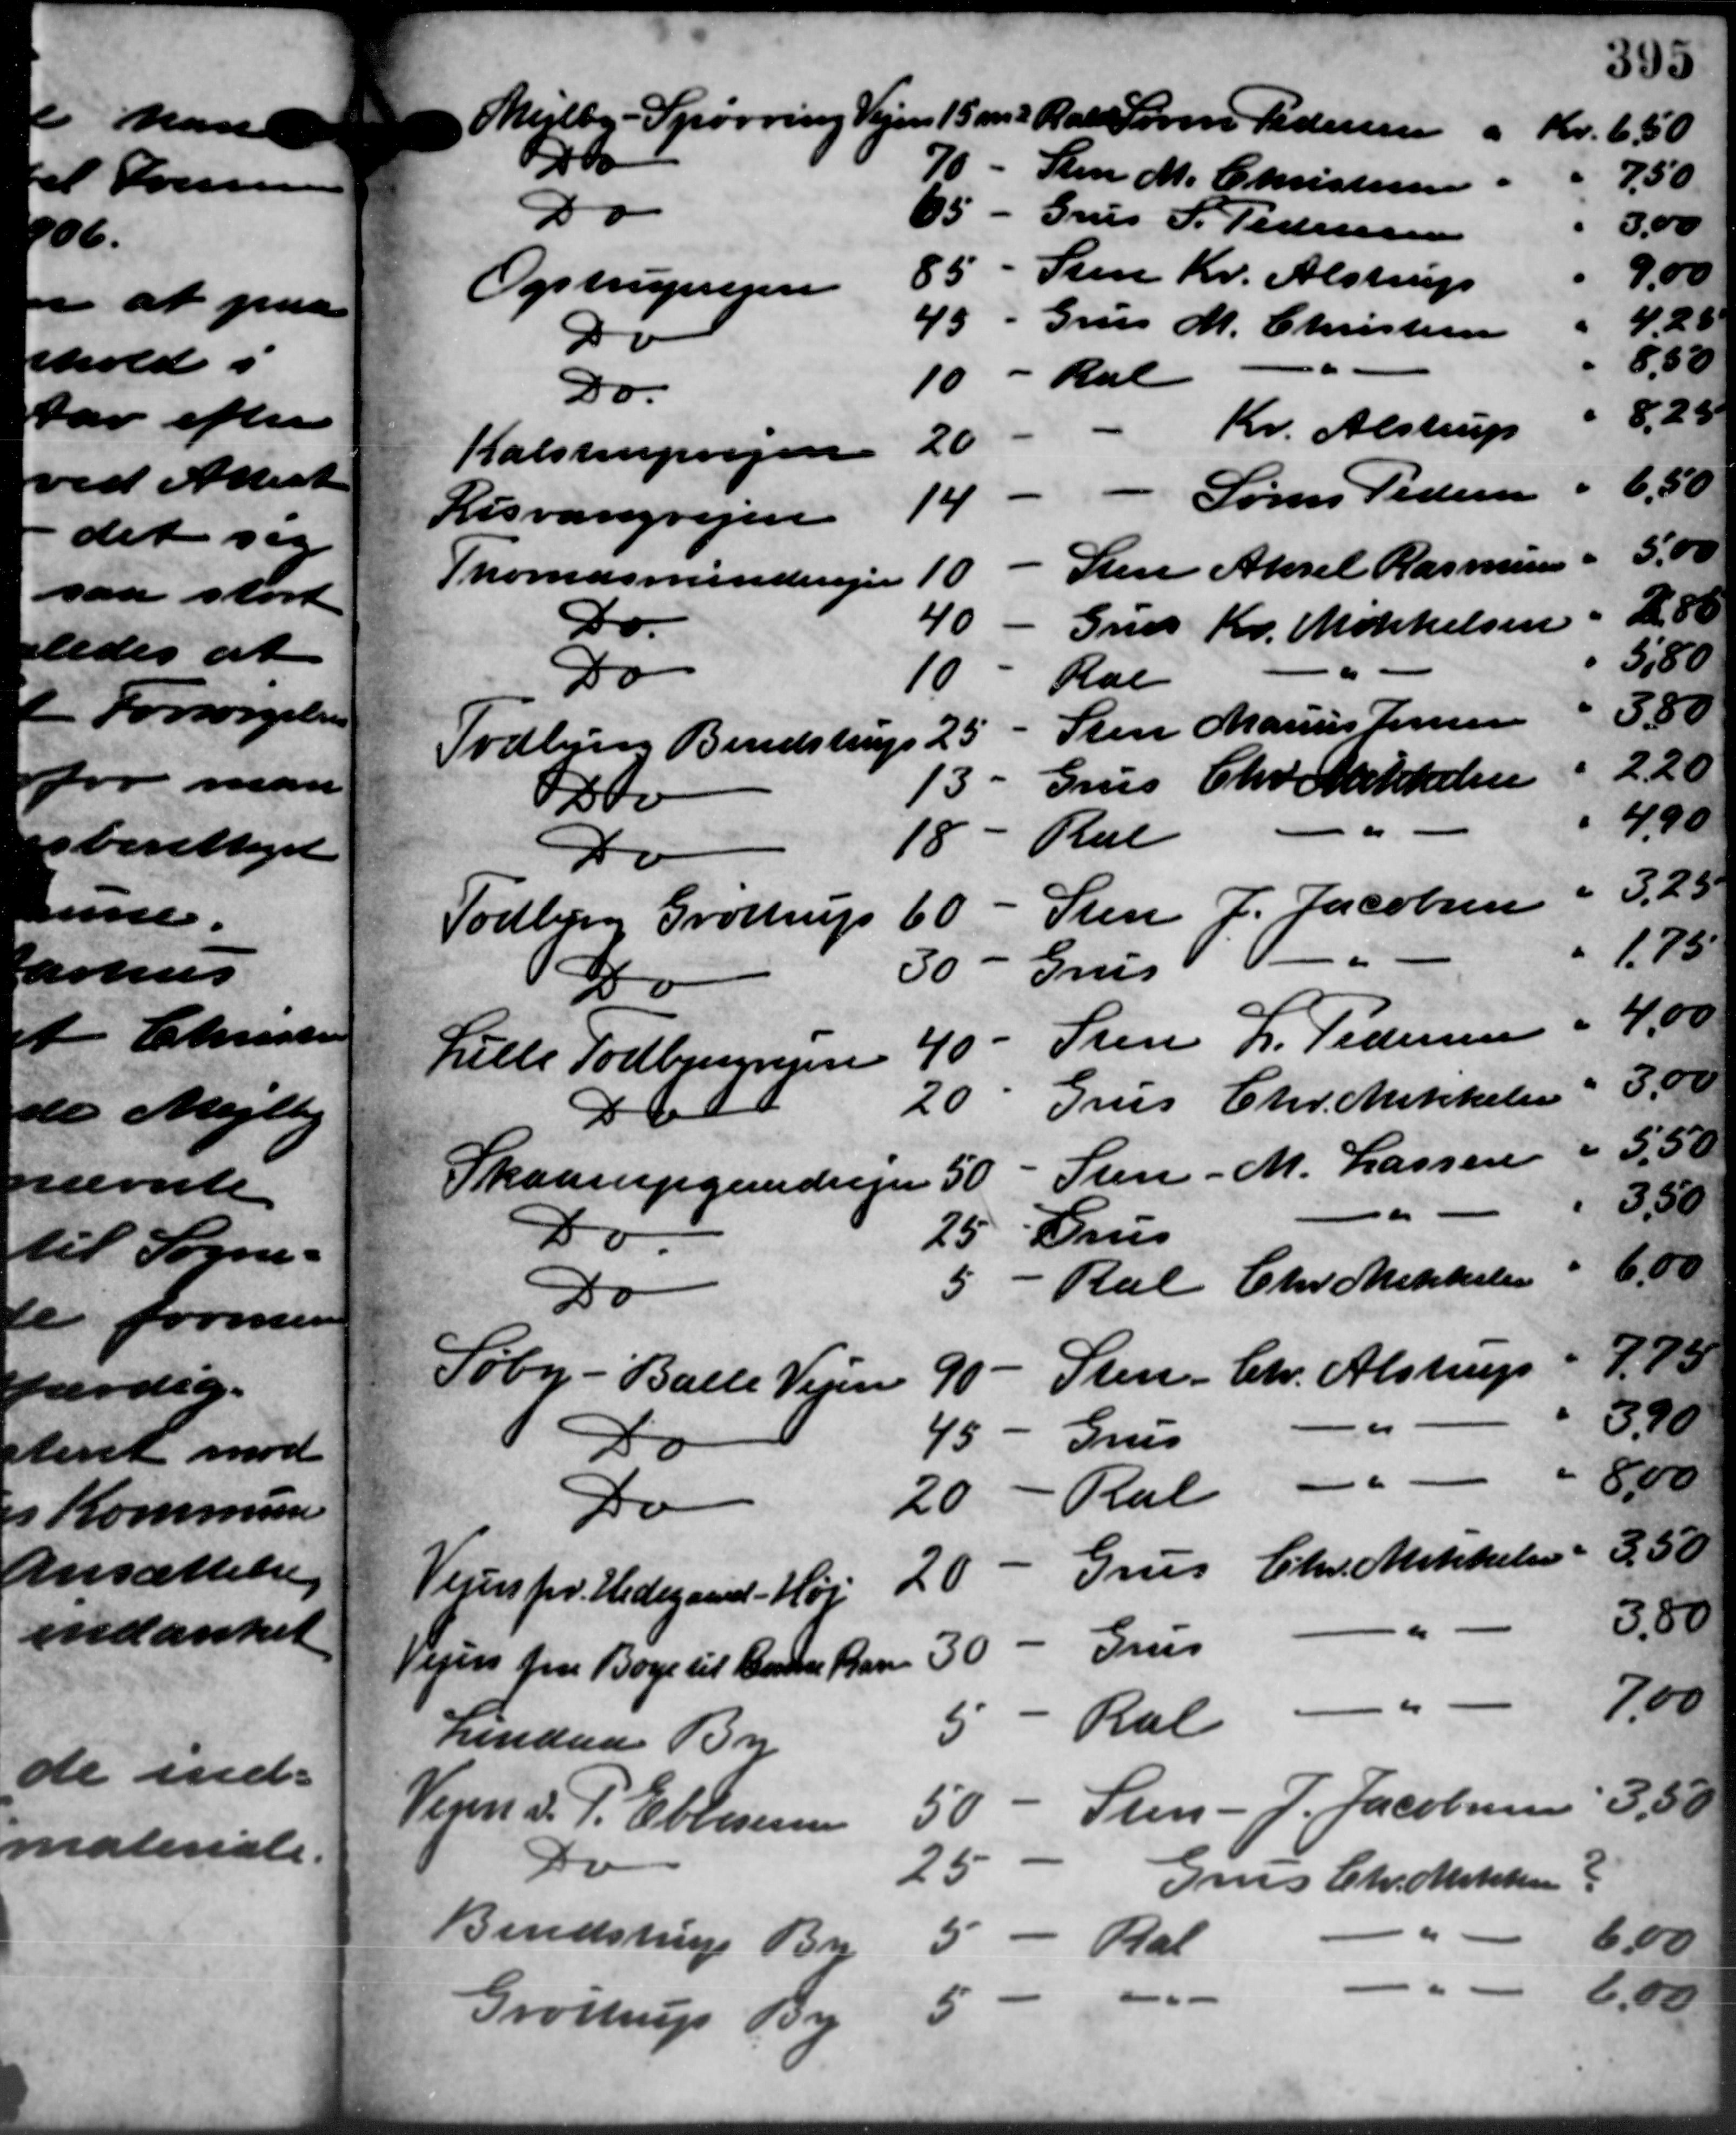
Transskription:
Mejlby - Spørring Vejen 15 m Ral Søren Pedersen
Kr.
6,50
D
70 - Sten M. Christensen
7.50
Do
65 - Grus P. Pedersen
5.00
85 - Sten Kr. Alstrup
9.0
Ogstrupvejen
4.20
43 - Grus M. Christensen
Do
8.83
10 - Rul
Do.
8.2
Kr. Alstrup
20
alstrupvejen
"
6,50
Søren Pedersen
14
Evangvejen
5.00
Aksel Rasmussen
Sten
10
omdsmindevejen
" 280
40
Do.
Kr. Mikkelsen
Grus
5,80
Do
10
Rae
3.80
Sten Marius Jensen
25
dbjerg Bendstrup
2.2
Grus Chr Mikkelsen
13
lv
4.90
Ren
18
Do
" 325
Sten J. Jacobsen
60
dborg Grøttrup
1.75
Grus
30
Do
Sten L. Pedersen " 400
40
ele Todbjergvejen
Grus Chr. Mikkelsen   3,00
20
Db
Sten - M. Lassen " 5,50
50
Saarupgandvejen
3.30
Grus
25
Do
Ral Chr Mikkelsen 6,00
5
Do
Sten Chr. Alstrup    4,70
90
y - Balle Vejen
3.90
c
45
Grus
Do
-
8.00
Ral
20
Do
Grus Chr. Mikkelsen   3,50
20
En pr. Hedegaard - Høj
3.50
Grus
es fra Boye til Barne Barn 30
-
7.00
"
5 - Ral
Lindaa By
3.50
Sten - J. Jacobsen
50
Vejen d. P. Ebenesen
Do
25
Jens Chr. Mikken
2
5
Bendstrup By
6,00
Ral
6.00
a
5
Tøstrup By